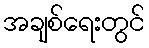
အချစ်ရေးတွင်